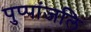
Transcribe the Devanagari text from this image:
पुप्पांजलि